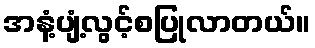
အနံ့ပျံ့လွင့်စပြုလာတယ်။